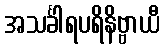
အသင်္ခါရပရိနိဗ္ဗာယီ